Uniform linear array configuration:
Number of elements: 32
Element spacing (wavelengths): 0.25
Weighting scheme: binomial
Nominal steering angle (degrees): -45
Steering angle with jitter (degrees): -45.482
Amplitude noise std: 0.05
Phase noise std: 0.05

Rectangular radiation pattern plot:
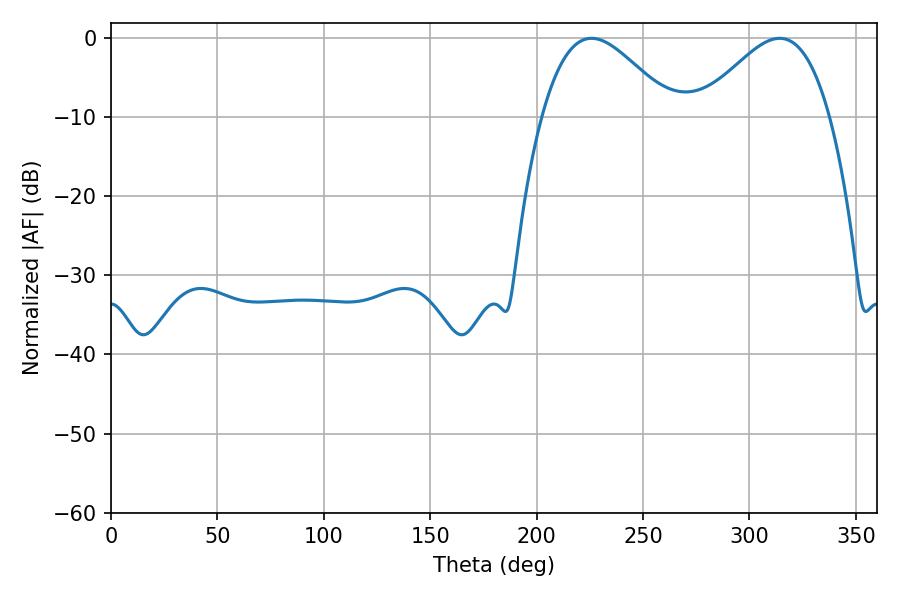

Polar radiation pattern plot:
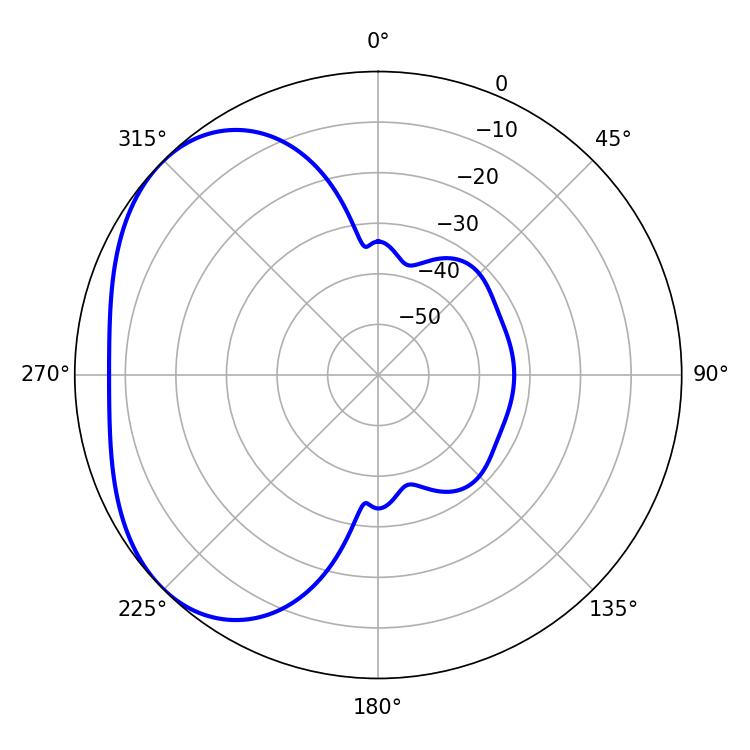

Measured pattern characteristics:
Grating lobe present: FALSE
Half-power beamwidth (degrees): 32.76
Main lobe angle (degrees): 225.72